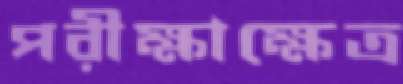
পরীক্ষাক্ষেত্র